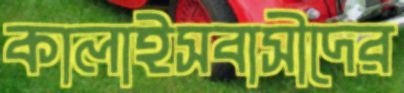
কালাইসবাসীদের